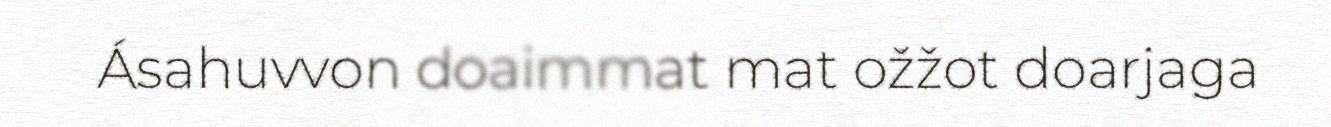
Ásahuvvon doaimmat mat ožžot doarjaga